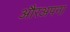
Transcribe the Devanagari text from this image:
औरअपना